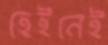
হেইনেই